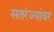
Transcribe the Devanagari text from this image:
सतरंज्यांवर